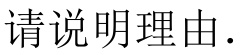
请说明理由.